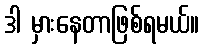
ဒါ မှားနေတာဖြစ်ရမယ်။